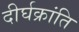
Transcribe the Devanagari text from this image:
दीर्घक्रांति